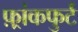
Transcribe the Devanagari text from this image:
फ़्रांकफुर्ट